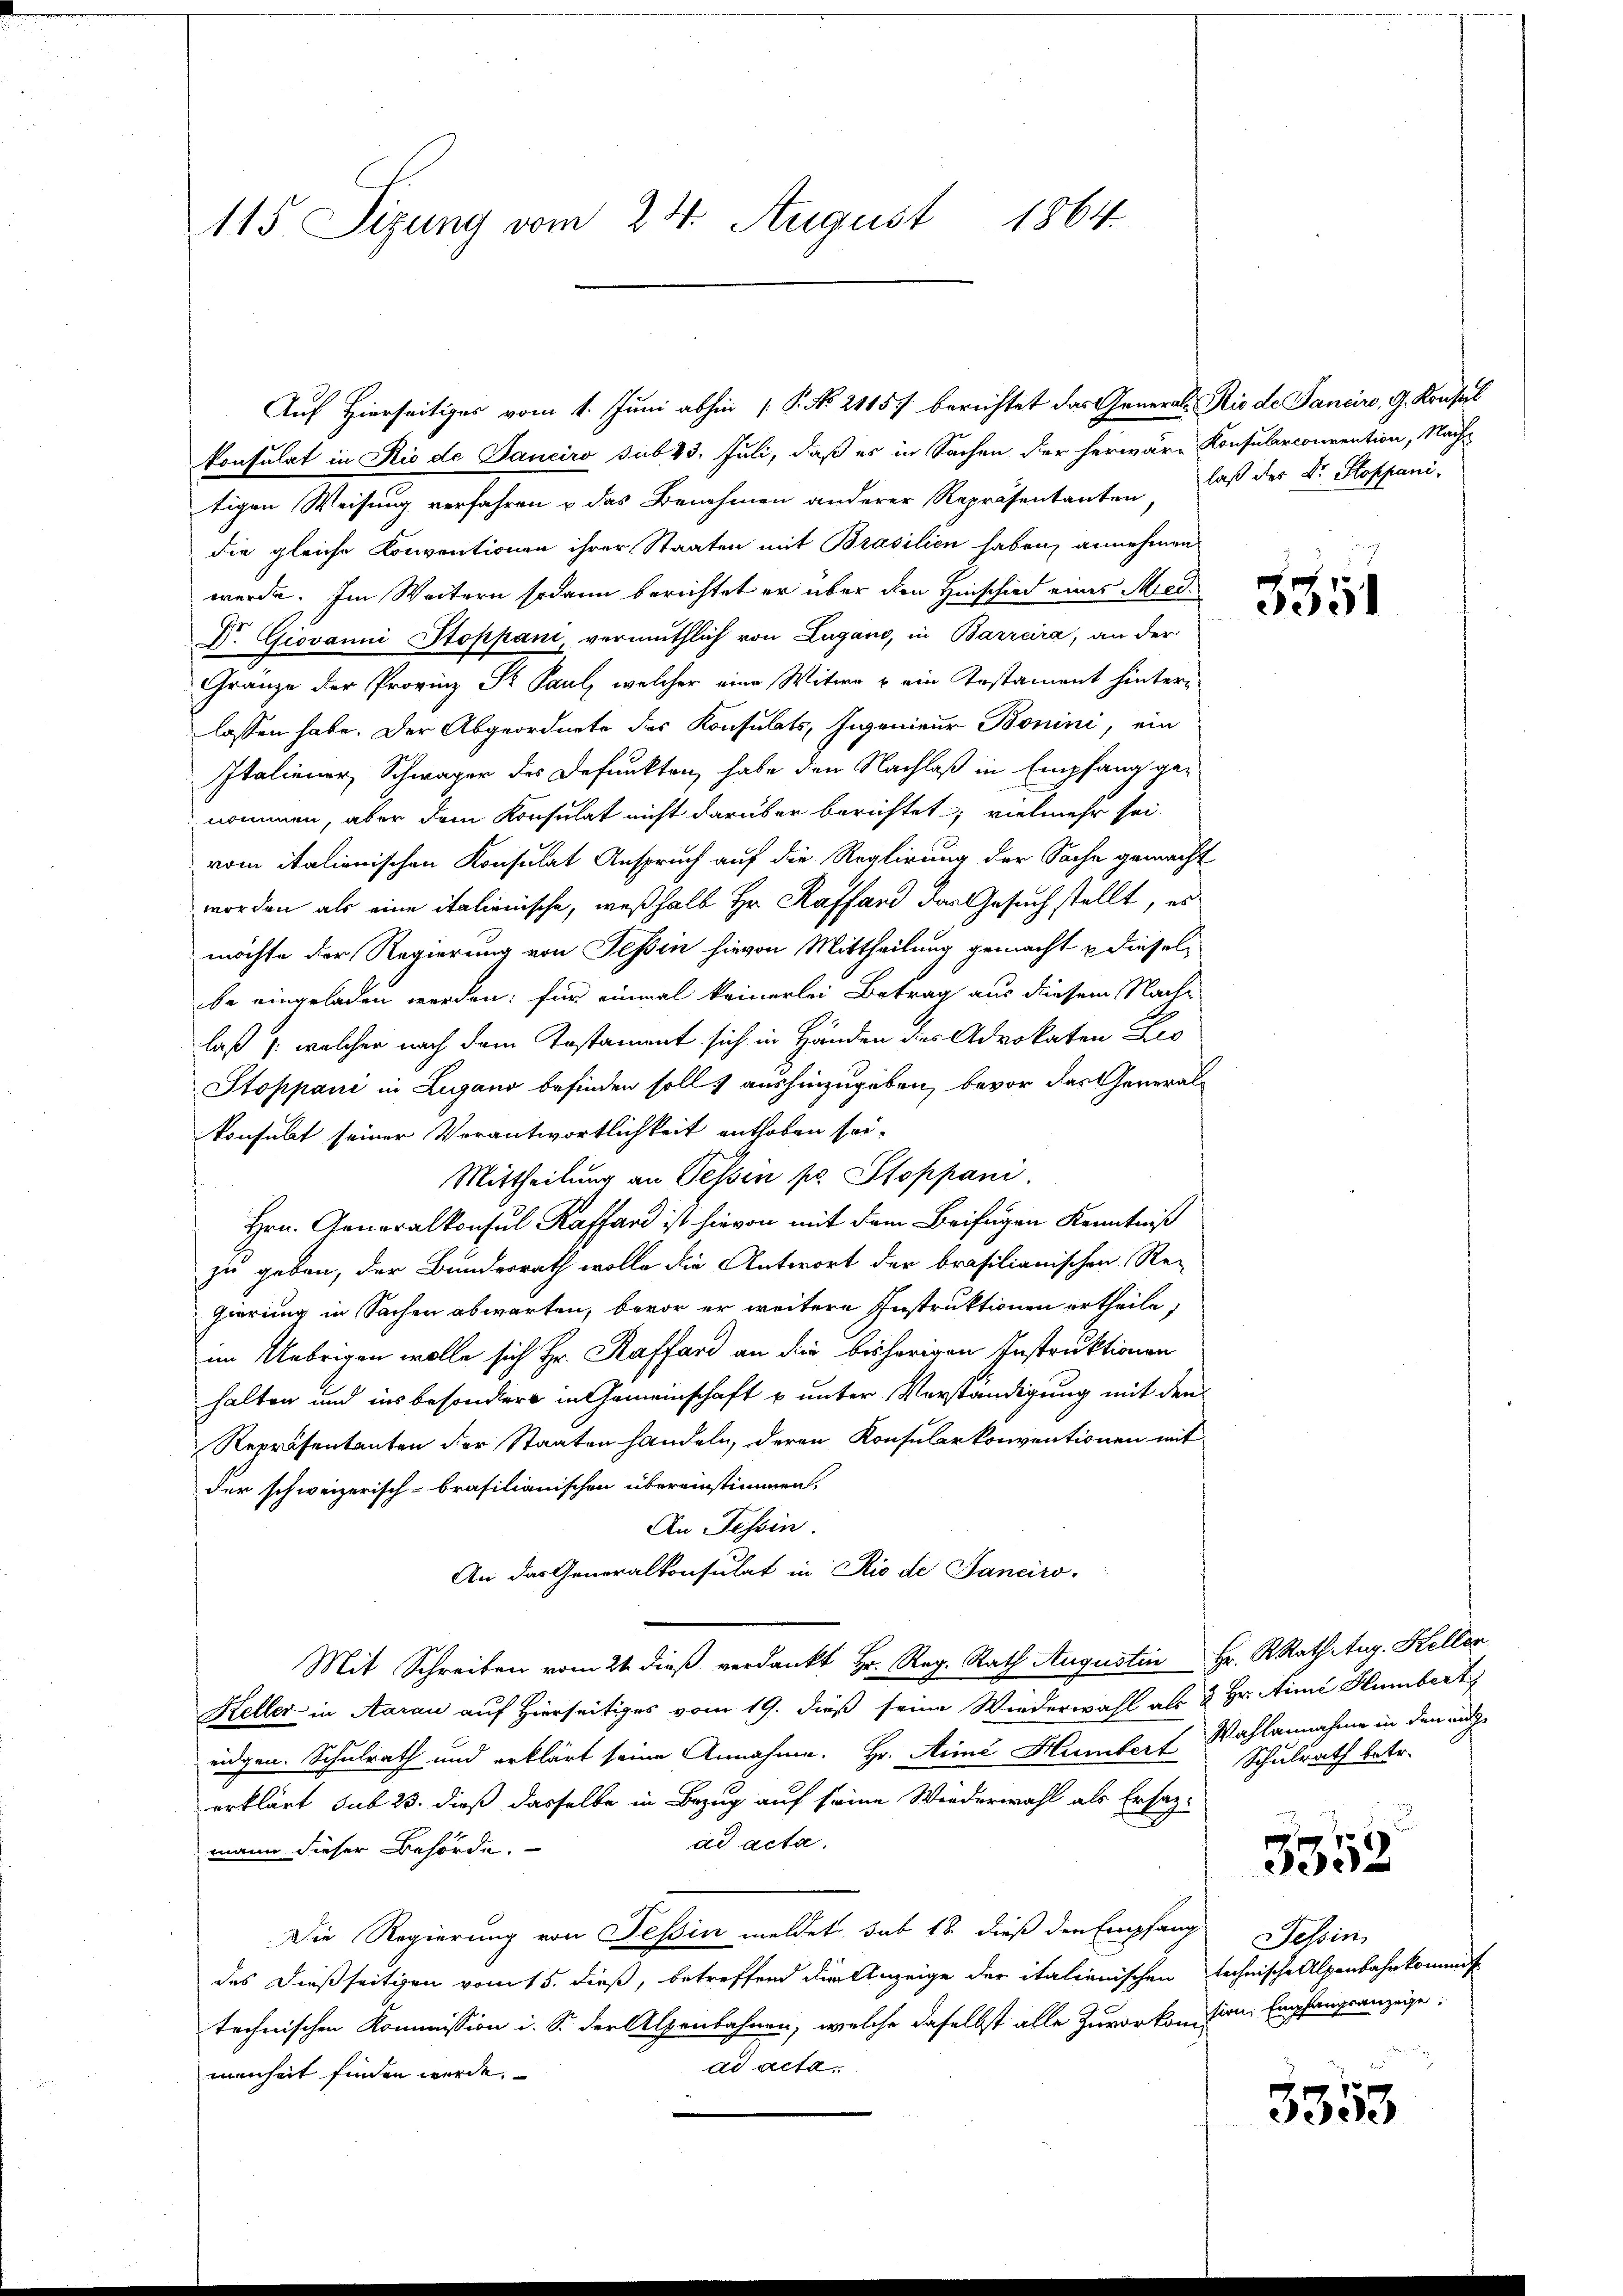
115 Sizung vom 24. August 1864.

konsulat in Rio de Panciro sub 23. Juli, daß es in Sachen der herwäre Konsularconvention, Nachtigen Weisung verfahren u das Benehmen anderer Repräsentanten laß der Dr. Koppani-
die gleiche Konventionen ihrer Staaten mit Brasilien haben, annehmen
werde. Im Weitern sodann berichtet er über den Hinschied eines Medi
D. Giovanni Stoppani, vermuthlich von Lugano, in Barrcira, an der
Gränze der Provinz Pr. Paul, welcher eine Witwe u ein Testament hinterlassen habe. Der Abgeordnete des Konsulats, Ingenieur Bonini, ein
Italiener, Schwager des Defunkten, habe den Nachlaß in Empfang genommen, aber dem Konsulat nicht darüber berichtet; vielmehr sei
vom italienischen Konsulat Anspruch auf die Reglirung der Sache gemacht
worden als eine italienische, weßhalb Hr. Kaffend der Gesuch stellt, es
möchte der Regierung von Teßin hievon Mittheilung gemacht u dieselbe eingeladen werden; für einmal keinerlei Betrag aus diesem Nachlaß /: welcher nach dem Testament sich in Händen des Advokaten Leo
Stoppani in Lugano befinden soll, aushinzugeben, bevor das Generalkonsulat seiner Verantwortlichkeit enthoben sei.
Mittheilung an Tessin pr. Stoppani.
Hrn. Generalkonsul Kaffend ist hievon mit dem Beifügen Kenntniß
zu geben, der Bundesrath wolle die Antwort der brasilianischen Re-
gierung in Sachen abwarten, bevor er weitere Instruktionen ertheile,
im Uebrigen wolle sich Hr. Raffard an die bisherigen Instruktionen
halten und ins besondere in Gemeinschaft u unter Verständigung mit den
Repräsentanten der Staaten handeln, deren Konsularkonventionen mit
der schweizerisch-brasilianischen übereinstimmen.
An Tessin.
An das Generalkonsulat in Rio de Sanciro-
Mit Schreiben vom 21. dieß verdankt Hr. Reg. Rath Augustin Hr. R. Rath Aug. Keller
Keller in Aarau auf Hierseitiges vom 19. dieß seine Wiederwahl als & Hr. Aimé Hlumbert
eidgen. Schulrath und erklärt seine Annahme. Hr. Aimé Humber Wahlannahme in den ange
erklärt sub 23. dieß dasselbe in Bezug auf seine Wiederwahl als Ersatz-
ad acta.
mann dieser Behörde.
Die Regierung von Tessin meldet, sub 18 dieß der Empfang
des dießseitigen vom 15. dieß, betreffend die Anzeige der italienischen technische Alpenbahnkommis
technischen Kommission i. S. der Alpenbahnen, welche daselbst alle Zuvorkomision Empfangsanzeige.
ad acta
menheit finden werde.

Auf Hierseitiges vom 1. Juni abhin 1 S. No. 21157 berichtet das Generals Rio de Sanciro, G. Krusel

5551

Schulrath betr.

3352

Jelsin

3553